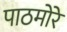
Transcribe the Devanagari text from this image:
पाठमोरे